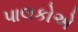
પાલકોએ